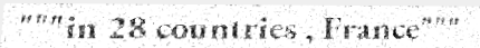
"""in 28 countries , France"""